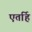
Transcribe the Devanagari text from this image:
एतर्हि